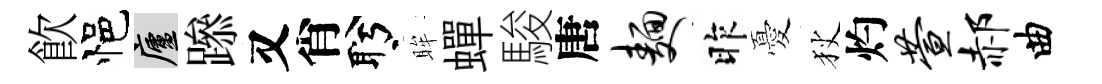
飮悒廬𨅶又肖盻眸蟬駿唐面昨憂狄灼萱郝曲